Proceedings of the meeting of veterinary officers in India
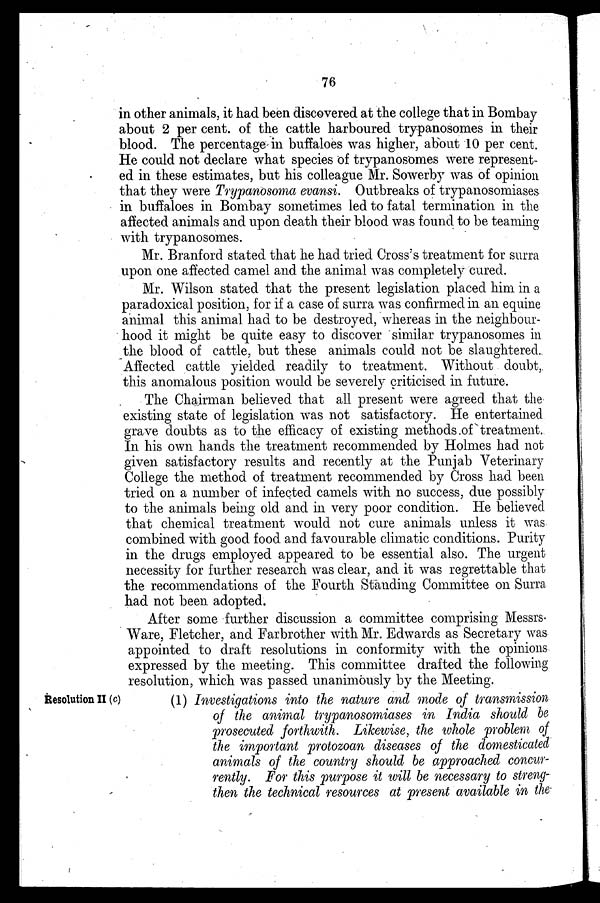
76
in other animals, it had been discovered at the college that in Bombay
about 2 per cent. of the cattle harboured trypanosomes in their
blood. The percentage in buffaloes was higher, about 10 per cent.
He could not declare what species of trypanosomes were represent-
ed in these estimates, but his colleague Mr. Sowerby was of opinion
that they were Trypanosoma evansi. Outbreaks of trypanosomiases
in buffaloes in Bombay sometimes led to fatal termination in the
affected animals and upon death their blood was found to be teaming
with trypanosomes.
Mr. Branford stated that he had tried Cross's treatment for surra
upon one affected camel and the animal was completely cured.
Mr. Wilson stated that the present legislation placed him in a
paradoxical position, for if a case of surra was confirmed in an equine
animal this animal had to be destroyed, whereas in the neighbour-
hood it might be quite easy to discover similar trypanosomes in
the blood of cattle, but these animals could not be slaughtered.
Affected cattle yielded readily to treatment. Without doubt,
this anomalous position would be severely criticised in future.
The Chairman believed that all present were agreed that the
existing state of legislation was not satisfactory. He entertained
grave doubts as to the efficacy of existing methods of treatment.
In his own hands the treatment recommended by Holmes had not
given satisfactory results and recently at the Punjab Veterinary
College the method of treatment recommended by Cross had been
tried on a number of infected camels with no success, due possibly
to the animals being old and in very poor condition. He believed
that chemical treatment would not cure animals unless it was
combined with good food and favourable climatic conditions. Purity
in the drugs employed appeared to be essential also. The urgent
necessity for further research was clear, and it was regrettable that
the recommendations of the Fourth Standing Committee on Surra
had not been adopted.
After some further discussion a committee comprising Messrs-
Ware, Fletcher, and Farbrother with Mr. Edwards as Secretary was
appointed to draft resolutions in conformity with the opinions
expressed by the meeting. This committee drafted the following
resolution, which was passed unanimously by the Meeting.
Resolution II (c)
(1) Investigations into the nature and mode of transmission
of the animal trypanosomiases in India should be
prosecuted forthwith. Likewise, the whole problem of
the important protozoan diseases of the domesticated
animals of the country should be approached concur-
rently. For this purpose it will be necessary to streng-
then the technical resources at present available in the